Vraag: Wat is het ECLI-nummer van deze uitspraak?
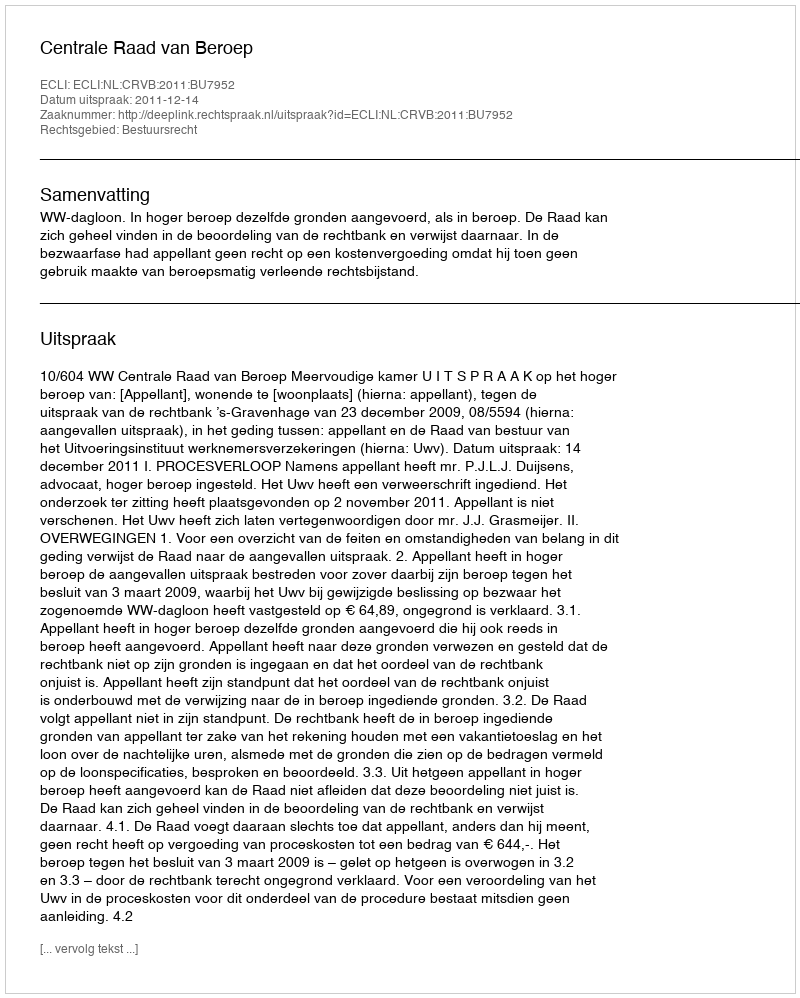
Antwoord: ECLI:NL:CRVB:2011:BU7952